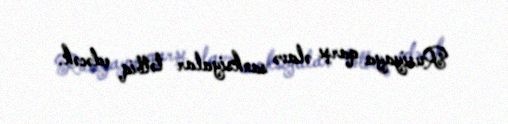
Rusiyaya qarşı əlavə sanksiyalar tətbiq edəcək.